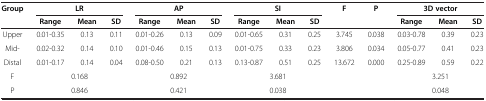
| <ROWSPAN=2> Group | <COLSPAN=3> LR | <COLSPAN=3> AP | <COLSPAN=3> SI | <ROWSPAN=2> F | <ROWSPAN=2> P | <COLSPAN=3> 3D vector |
 | Range | Mean | SD | Range | Mean | SD | Range | Mean | SD | Range | Mean | SD |
 | --- | --- | --- | --- | --- | --- | --- | --- | --- | --- | --- | --- | --- | --- | --- |
 | Upper | 0.01-0.35 | 0.13 | 0.11 | 0.01-0.26 | 0.13 | 0.09 | 0.01-0.65 | 0.31 | 0.25 | 3.745 | 0.038 | 0.03-0.78 | 0.39 | 0.23 |
 | Mid- | 0.02-0.32 | 0.14 | 0.10 |  | 0.01-0.46 | 0.15 | 0.13 | 0.01-0.75 | 0.33 | 0.23 | 3.806 | 0.034 | 0.05-0.77 | 0.41 | 0.23 |
 | Distal | 0.01-0.17 | 0.14 | 0.04 | 0.08-0.50 | 0.21 | 0.13 | 0.13-0.87 | 0.51 | 0.25 | 13.672 | 0.000 | 0.25-0.89 | 0.59 | 0.22 |  |
 | F | <COLSPAN=3> 0.168 | <COLSPAN=3> 0.892 | <COLSPAN=3> 3.681 |  |  | <COLSPAN=3> 3.251 |  |
 | P | <COLSPAN=3> 0.846 | <COLSPAN=3> 0.421 | <COLSPAN=3> 0.038 |  |  | <COLSPAN=3> 0.048 |  |